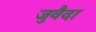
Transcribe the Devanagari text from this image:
जुवैदा